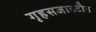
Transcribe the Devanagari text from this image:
गृहसजावटीत